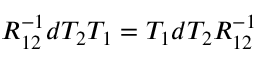
R _ { 1 2 } ^ { - 1 } d T _ { 2 } T _ { 1 } = T _ { 1 } d T _ { 2 } R _ { 1 2 } ^ { - 1 }